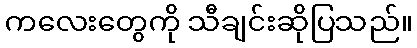
ကလေးတွေကို သီချင်းဆိုပြသည်။